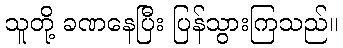
သူတို့ ခဏနေပြီး ပြန်သွားကြသည်။